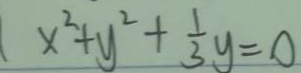
x ^ { 2 } + y ^ { 2 } + \frac { 1 } { 3 } y = 0